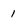
Character: 1